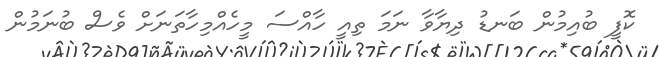
ކޮފީ ބުއިމުން ބަނޑު ދިޔާވާ ނަމަ ތިއީ ހާއްސަ މީހެއްމިހާތަނަށް ވެސް ބުނަމުން